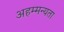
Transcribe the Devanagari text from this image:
अहम्मन्यता